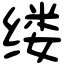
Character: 缕